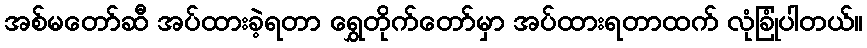
အစ်မတော်ဆီ အပ်ထားခဲ့ရတာ ရွှေတိုက်တော်မှာ အပ်ထားရတာထက် လုံခြုံပါတယ်။